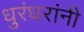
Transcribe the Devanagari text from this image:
धुरंधरांनी